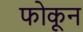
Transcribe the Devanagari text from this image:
फोकून